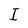
Character: I